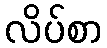
လိပ်စာ